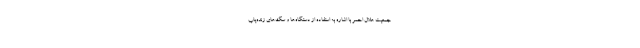
جمعیت هلال احمر با اشاره به استفاده از دستگاه‌ها و سگ‌های زنده‌یاب